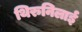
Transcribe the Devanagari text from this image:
थिरुनिलाई